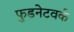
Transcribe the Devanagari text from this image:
फुडनेटवर्क